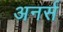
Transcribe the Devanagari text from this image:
अनर्स